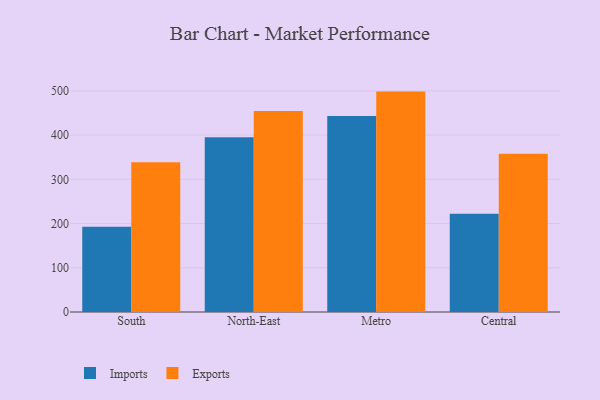
{"axis": {"x": "Region", "y": "Gross Profit (USD K)"}, "legend": ["Exports", "Imports"], "data": [{"x": "South", "y": 192.9, "type": "Imports"}, {"x": "South", "y": 338.6, "type": "Exports"}, {"x": "North-East", "y": 395.1, "type": "Imports"}, {"x": "North-East", "y": 454.5, "type": "Exports"}, {"x": "Metro", "y": 443.2, "type": "Imports"}, {"x": "Metro", "y": 498.4, "type": "Exports"}, {"x": "Central", "y": 222.4, "type": "Imports"}, {"x": "Central", "y": 358.1, "type": "Exports"}]}